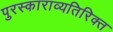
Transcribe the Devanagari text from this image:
पुरस्काराव्यतिरिक्त